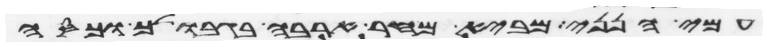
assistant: עמי הנני מביא מחר ארבה בגבולך וכסה